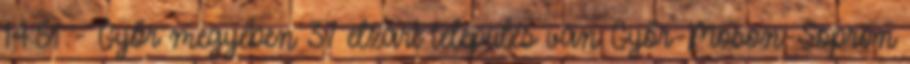
14:51 - Győr megyében 37 elzárt település van Győr-Moson-Sopron